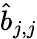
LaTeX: \hat{b}_{j,j}